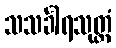
သသင်္ခါရသုတ္တံ